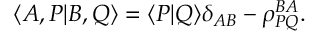
\langle A , P | B , Q \rangle = \langle P | Q \rangle \delta _ { A B } - \rho _ { P Q } ^ { B A } .